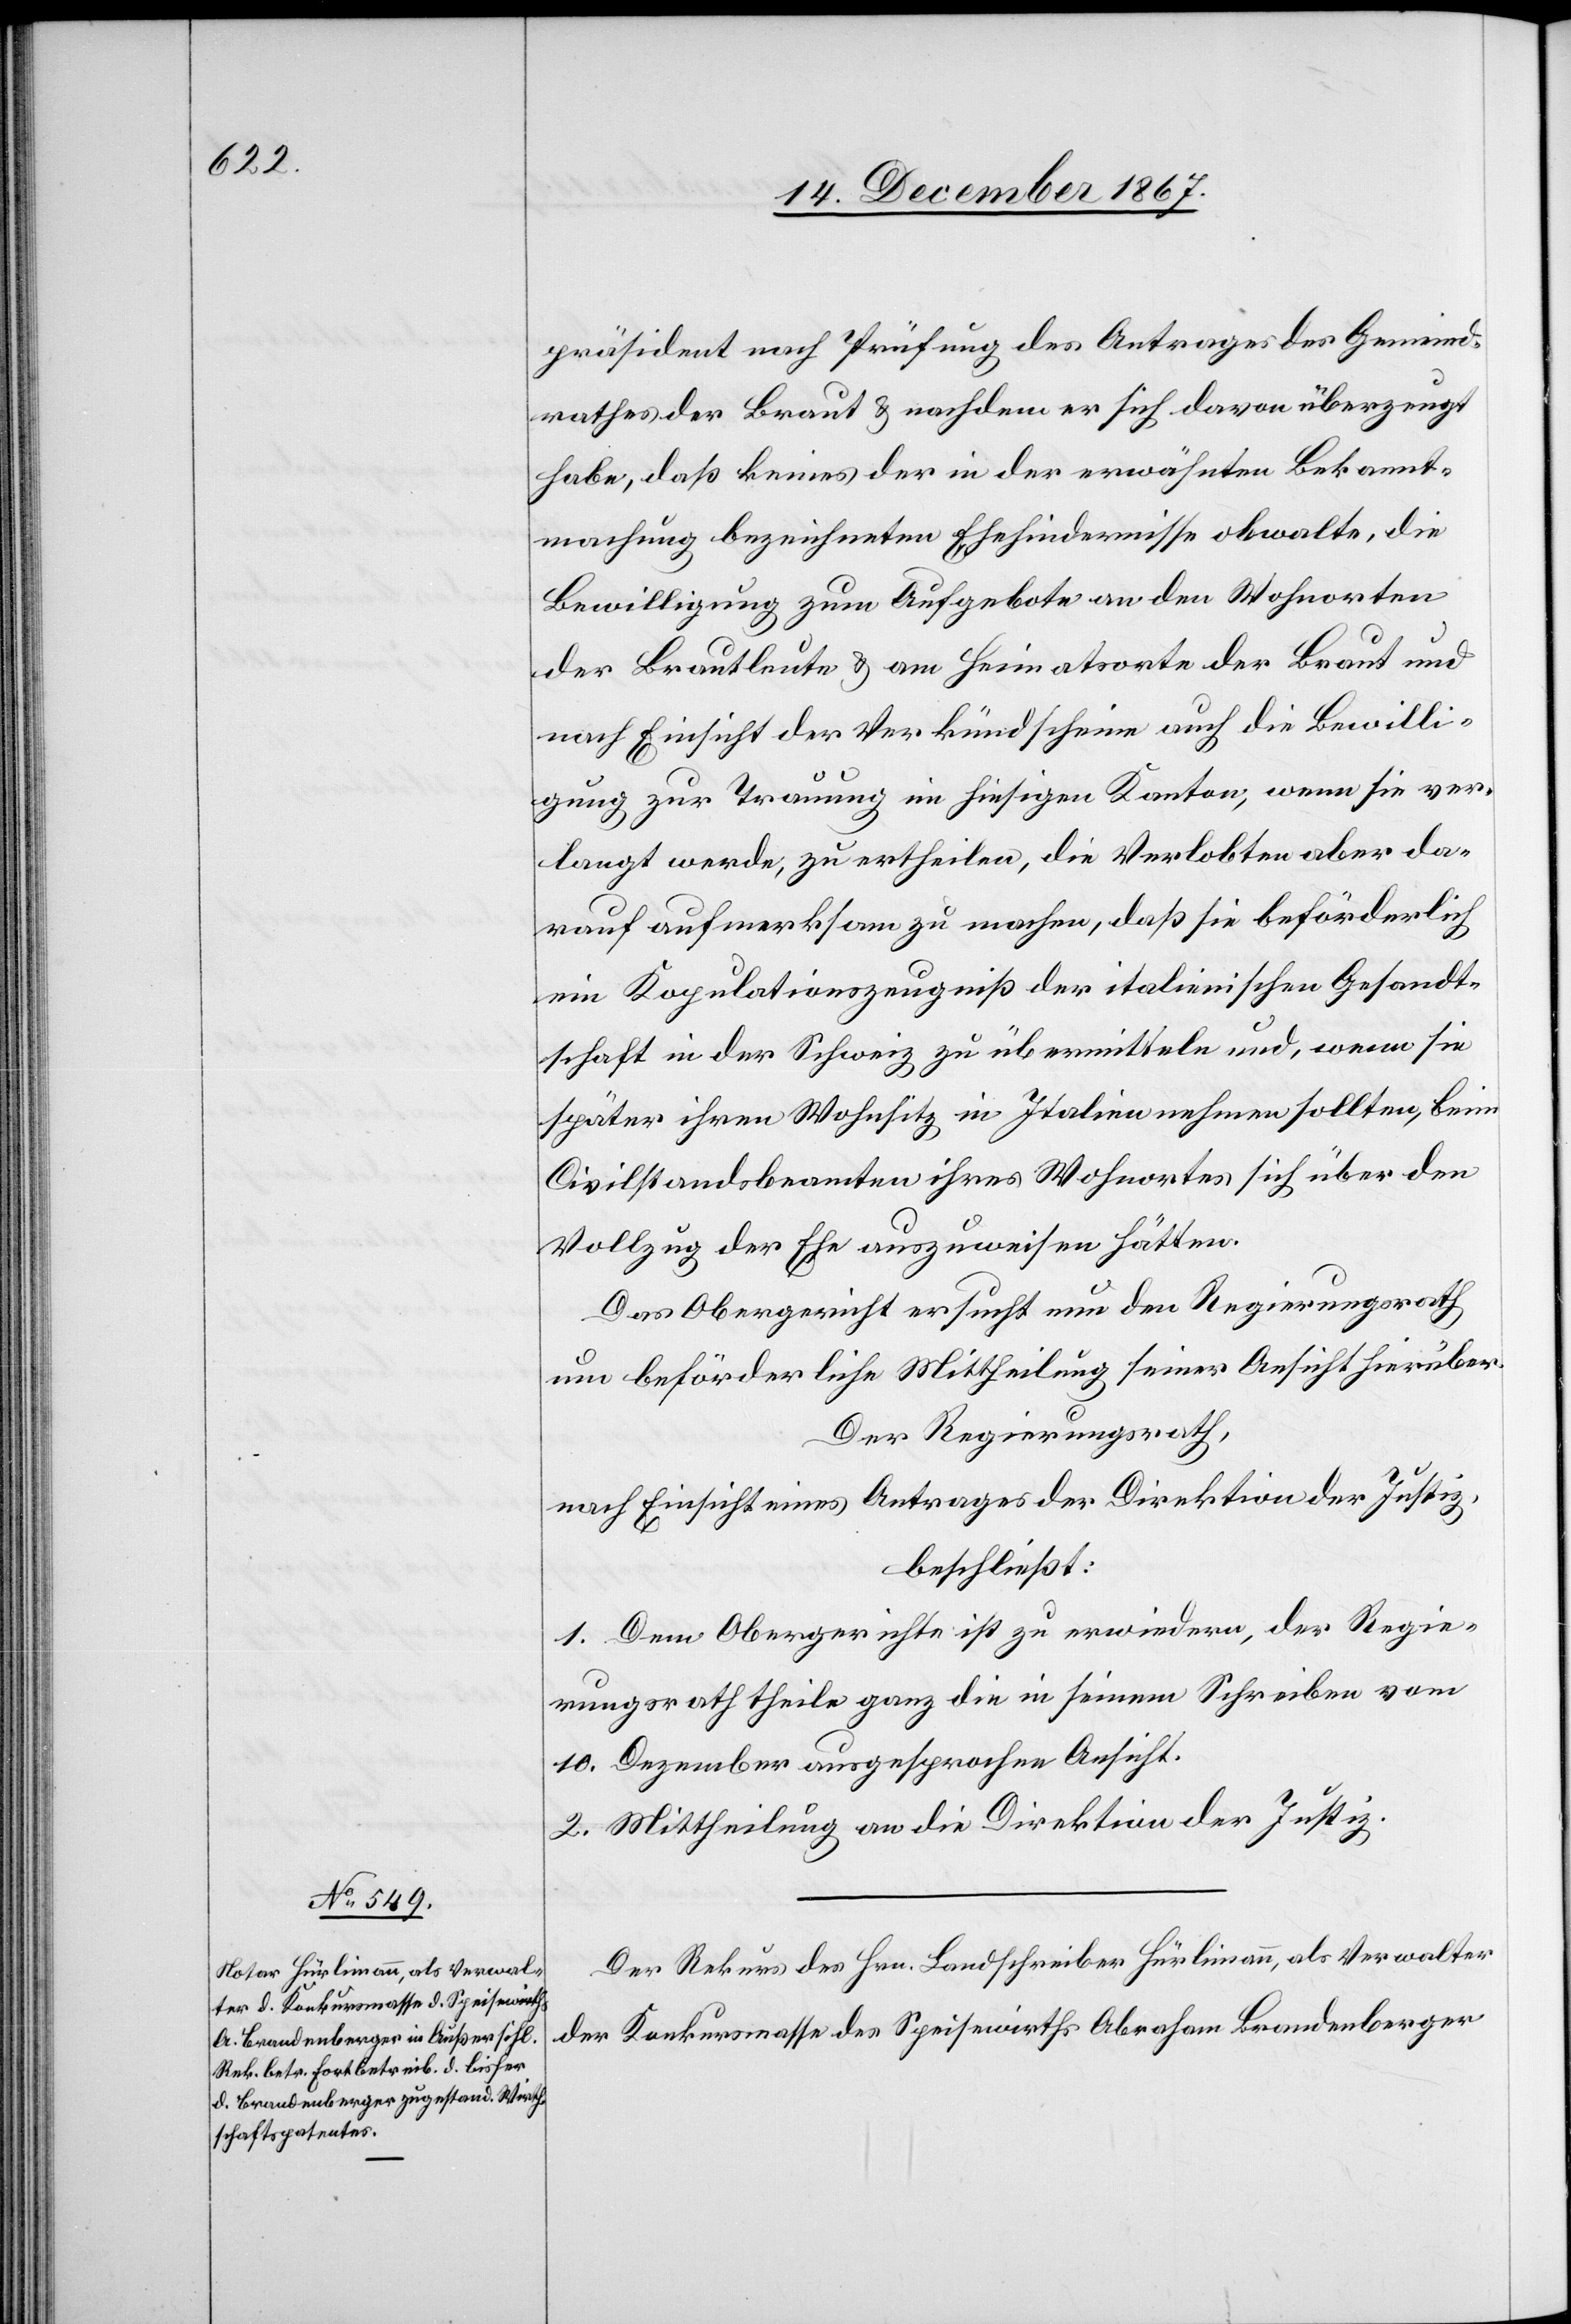
19. December 1867.
präsident nach Prüfung des Antrages des Gemeind¬
rathes der Braut u. nachdem er sich davon überzeugt
habe, daß keines der in der erwähnten Bekannt¬
machung bezeichneten Ehehindernisse obwalte, die
Bewilligung zum Aufgebote an den Wohnorten
der Brautleute u. am Heimatsorte der Braut und
nach Einsicht der Verkündscheine auch die Bewilli¬
gung zur Trauung im hiesigen Kanton, wenn sie ver¬
langt werden, zu ertheilen, die Verlobten aber da¬
rauf aufmerksam zu machen, daß sie beförderlich
ein Kopulationszeugniß der italienischen Gesandt¬
schaft in der Schweiz zu übermitteln und, wenn sie
später ihren Wohnsitz in Italien nehmen sollten, beim
Civilstandsbeamten ihres Wohnortes sich über den
Vollzug der Ehe auszuweisen hätten.
Das Obergericht ersucht nun den Regierungsrath
um beförderliche Mittheilung seiner Ansicht hierüber.
Herrn Regierungsrath
nach Einsicht eines Antrages der Direktion der Justiz,
beschließt:
1. Dem Obergerichte ist zu erwiedern, der Regie¬
rungsrath theile ganz die in seinem Schreiben vom
10. Dezember ausgesprochen[e] Ansicht.
2. Mittheilung an die Direktion der Justiz.
Der Rekurs des Hrn. Landschreiber Hürlimann, als Verwalter
der Konkursmasse des Speisewirths Abraham Brandenberger